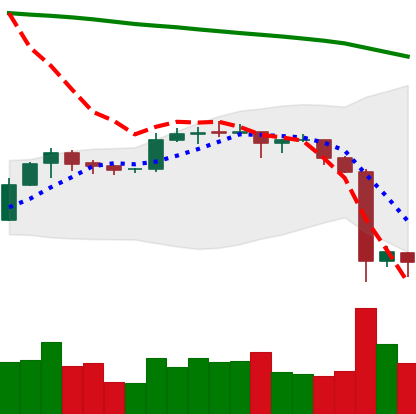
Ticker: EOS-USD
Chart end date: 2019-09-26
Forward return: 5.002%
Label: up_5_7